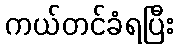
ကယ်တင်ခံရပြီး